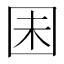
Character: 𫭆